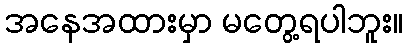
အနေအထားမှာ မတွေ့ရပါဘူး။